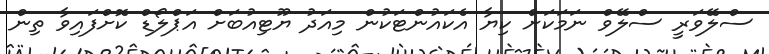
ސްލޭވަރީ ސްލޭވް ނަމަކަށް ކިޔާ އެކައުންޓަކުން މިއަދު ޔޫޓިއުބަށް އަޕްލޯޑް ކޮށްފައިވާ ތިން